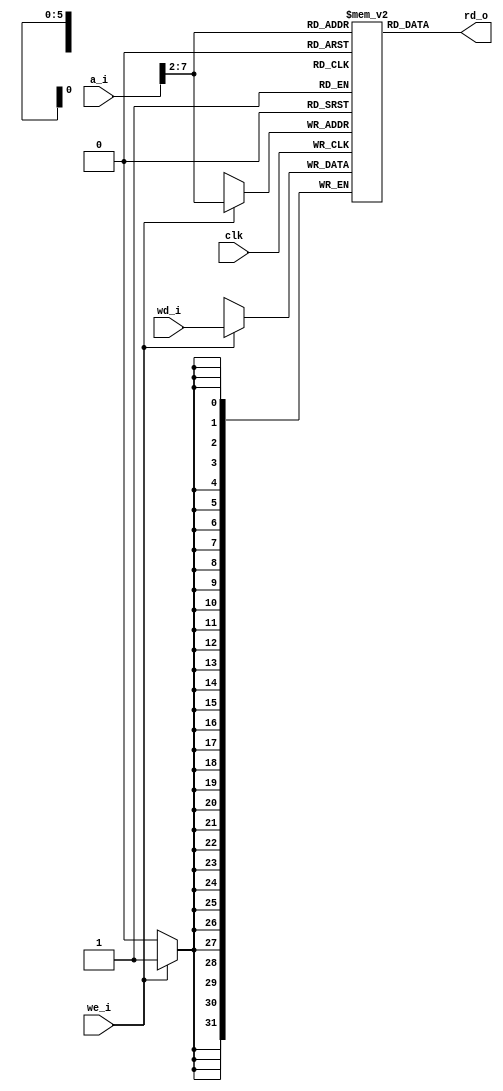
// ucsbece154a_dmem.v
// All Rights Reserved
// Copyright (c) 2022 UCSB ECE
// Distribution Prohibited

module ucsbece154a_dmem (
    input               clk, we_i,
    input        [31:0] a_i, // address in bytes
    input        [31:0] wd_i, // write data
    output wire  [31:0] rd_o // read data
);
    reg [31:0] RAM [63:0]; // Creates an array of 64 words of 32 bit size
    assign rd_o = RAM[a_i[7:2]]; // Initialize Read Data to being the WORD address
    always @ (posedge clk) // on rising edge
    begin
        if (we_i) // if write enable is high
            RAM[a_i[7:2]] <= wd_i; // /write data to the WORD address 
    end 

endmodule